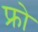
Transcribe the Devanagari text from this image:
फ्रो